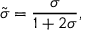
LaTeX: \tilde { \sigma } = { \frac { \sigma } { 1 + 2 \sigma } } ,